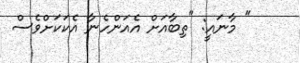
" މާނައީ: "ތިބާއަށް އެއަންހެނާ އެކަކަށްވެސް